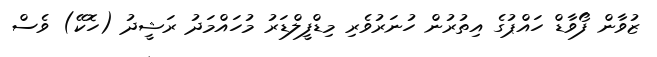
ޒުވާން ފޯވާޑް ހައްޕުގެ އިތުރުން ހުނަރުވެރި މިޑްފީލްޑަރު މުހައްމަދު ރަޝީދު (ހޮކޭ) ވެސް